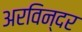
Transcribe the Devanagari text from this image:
अरविन्दर